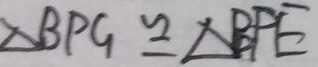
\Delta B P G \cong \Delta B P E